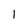
Character: 1